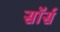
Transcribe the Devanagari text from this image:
सॉर्स